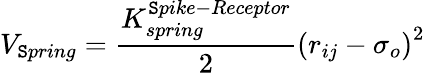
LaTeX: V_{\mathtt{S}pring}=\frac{{K_{spring}^{\mathtt{S}pike-Receptor}}}{{2}}\left(r_{ij}-\sigma_{o}\right)^{2}